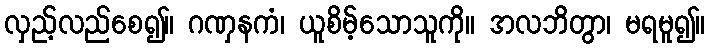
လှည့်လည်စေ၍။ ဂဏှနကံ၊ ယူစိမ့်သောသူကို။ အလဘိတွာ၊ မရမူ၍။